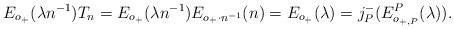
LaTeX: \begin{align*}E_{o_+}(\lambda n^{-1})T_n=E_{o_+}(\lambda n^{-1})E_{o_+\cdot n^{-1}}(n)=E_{o_+}(\lambda)=j_P^-(E_{o_{+,P}}^P(\lambda)).\end{align*}